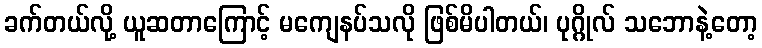
ခက်တယ်လို့ ယူဆတာကြောင့် မကျေနပ်သလို ဖြစ်မိပါတယ်၊ ပုဂ္ဂိုလ် သဘောနဲ့တော့